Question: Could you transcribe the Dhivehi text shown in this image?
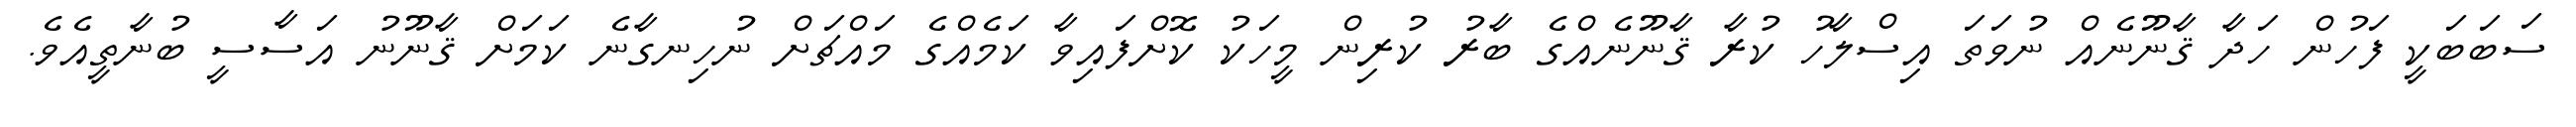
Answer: ސަބަބަކީ ފަހުން ހަދާ ޤާނޫނެއް ނުވަތަ އިސްލާހު ކުރާ ޤާނޫނެއްގެ ބާރު ކުރިން މީހަކު ކޮށްފައިވާ ކަމެއްގެ މައްޗަށް ނުހިނގާނެ ކަމަށް ޤާނޫނު އަސާސީ ބުނާތީއެވެ.